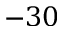
- 3 0